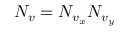
N _ { v } = N _ { v _ { x } } N _ { v _ { y } }